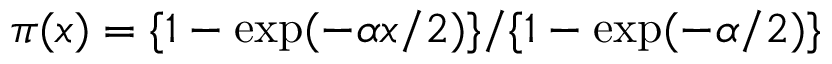
\pi ( x ) = \{ 1 - \exp ( - \alpha x / 2 ) \} / \{ 1 - \exp ( - \alpha / 2 ) \}